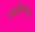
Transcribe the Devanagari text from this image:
शक्तिलोलुप